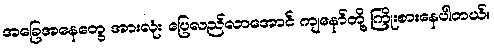
အခြေအနေတွေ အားလုံး ပြေလည်လာအောင် ကျနော်တို့ ကြိုးစားနေပါတယ်။